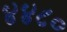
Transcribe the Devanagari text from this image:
४४८०